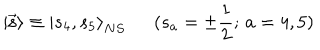
{ \vert \vec { \bf s } \rangle } \equiv { \vert s _ { 4 } , s _ { 5 } \rangle } _ { N S } \, \, \, \, \, \, \, \, \, ( s _ { a } = \pm \frac { 1 } { 2 } ; \, a = 4 , 5 )